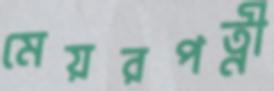
মেয়রপত্নী